Annual administration and progress report of the Indian Medical Department, Bombay
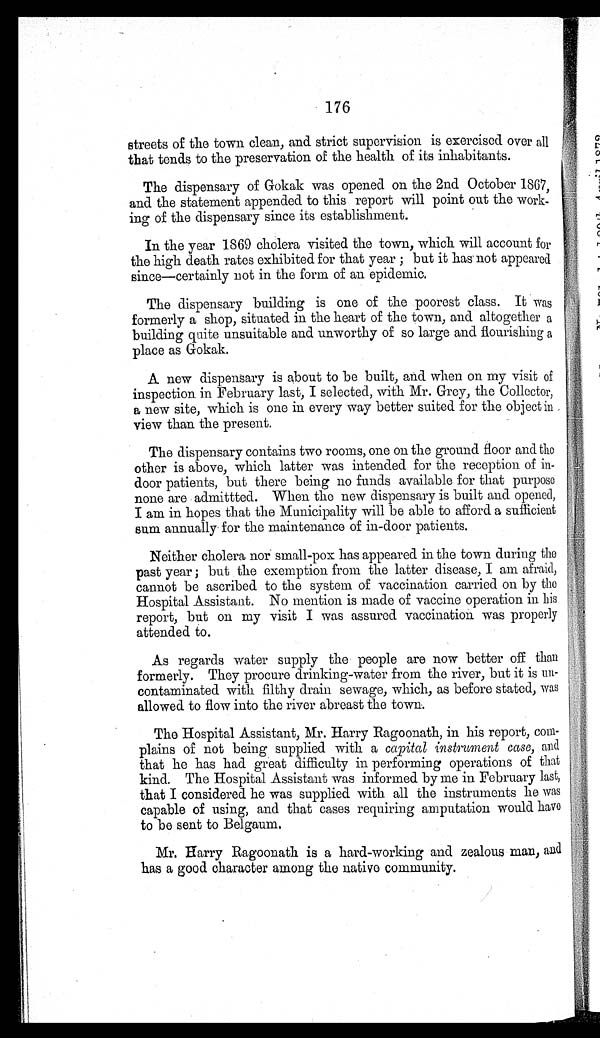
176
streets of the town clean, and strict supervision is exercised over all
that tends to the preservation of the health of its inhabitants.
The dispensary of Gokak was opened on the 2nd October 1867,
and the statement appended to this report will point out the work--
ing of the dispensary since its establishment.
In the year 1869 cholera visited the town, which will account for
the high death rates exhibited for that year ; but it has not appeared
since—certainly not in the form of an epidemic.
The dispensary building is one of the poorest class. It was
formerly a shop, situated in the heart of the town, and altogether a
building quite unsuitable and unworthy of so large and flourishing a
place as Gokak.
A new dispensary is about to be built, and when on my visit of
inspection in February last, I selected, with Mr. Grey, the Collector,
a new site, which is one in every way better suited for the object in
view than the present.
The dispensary contains two rooms, one on the ground floor and the
other is above, which latter was intended for the reception of in
- door patients, but there being no funds available for that purpose
none are admittted. When the new dispensary is built and opened,
I am in hopes that the Municipality will be able to afford a sufficient
sum annually for the maintenance of in-door patients.
Neither cholera nor small-pox has appeared in the town during the
past year ; but the exemption from the latter disease, I am afraid,
cannot be ascribed to the system of vaccination carried on by the
Hospital Assistant. No mention is made of vaccine operation in his
report, but on my visit I was assured vaccination was properly
attended to.
As regards water supply the people are now better off than
formerly. They procure drinking-water from the river, but it is un
- contaminated with filthy drain sewage, which, as before stated, was
allowed to flow into the river abreast the town.
The Hospital Assistant, Mr. Harry Ragoonath, in his report, com
- plains of not being supplied with a capital instrument case, and
that he has had great difficulty in performing operations of that
kind. The Hospital Assistant was informed by me in February last,
that I considered he was supplied with all the instruments he was
capable of using, and that cases requiring amputation would have
to be sent to Belgaum.
Mr. Harry Ragoonath is a hard-working and zealous man, and
has a good character among the native community.